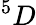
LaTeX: ^5D